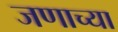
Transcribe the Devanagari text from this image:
जणाच्या